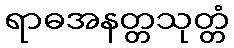
ရာဓအနတ္တသုတ္တံ